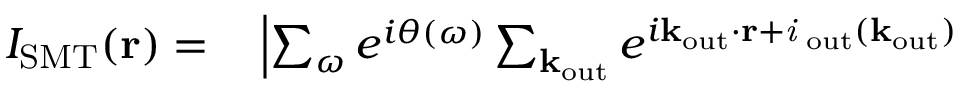
\begin{array} { r l } { I _ { \mathrm { S M T } } ( \bf { r } ) \it = } & { { } \left| \sum _ { \omega } e ^ { i \theta ( \omega ) } \sum _ { \bf k _ { \mathrm { o u t } } } e ^ { i \bf k _ { \mathrm { o u t } } \cdot \bf { r } + \it i \phi _ { \mathrm { o u t } } ( \bf k _ { \mathrm { o u t } } ) } \right. } \end{array}